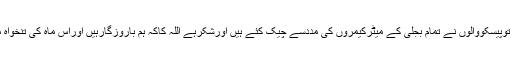
شایدتین چارماہ سے میٹرمیں بقایاجات تھے اورچونکہ اس ماہ توپیسکووالوں نے تمام بجلی کے میٹرکیمروں کی مددسے چیک کئے ہیں اورشکرہے اللہ کاکہ ہم باروزگارہیں اوراس ماہ کی تنخواہ میں دیگرضروریات کو محدود کرکے بجلی کابل اداکرلیں گے۔